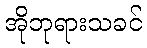
အိုဘုရားသခင်